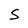
Character: S